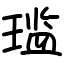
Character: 𫞨